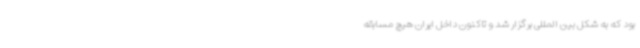
بود که به شکل بین المللی برگزار شد و تاکنون داخل ایران هیچ مسابقه